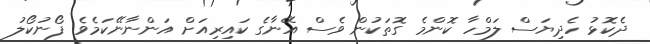
ދެކޮޅު ހެދިޔަސް ލަމްހާ ކޮންމެ ގޮތަކުން ވެސް އޭނާގެ ކައިރިއަށް އަންނާނޭކަމެވެ. ފޯނުކޯލު